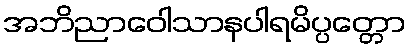
အဘိညာဝေါသာနပါရမိပ္ပတ္တော